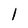
Character: l